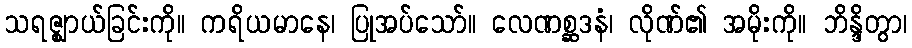
သရဇ္ဈာယ်ခြင်းကို။ ကရိယမာနေ၊ ပြုအပ်သော်။ လေဏစ္ဆဒနံ၊ လိုဏ်၏ အမိုးကို။ ဘိန္ဒိတွာ၊